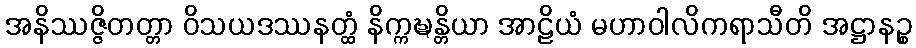
အနိဿဇ္ဇိတတ္တာ ဝိသယဒဿနတ္ထံ နိက္ကဍ္ဎန္တိယာ အာဠိယံ မဟာဝါလိကရာသီတိ အဋ္ဌာနဉ္စ